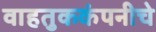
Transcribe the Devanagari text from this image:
वाहतुककंपनीचे